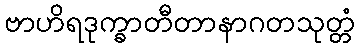
ဗာဟိရဒုက္ခာတီတာနာဂတသုတ္တံ